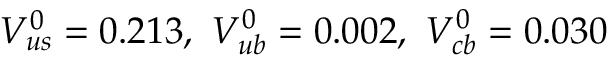
V _ { u s } ^ { 0 } = 0 . 2 1 3 , ~ V _ { u b } ^ { 0 } = 0 . 0 0 2 , ~ V _ { c b } ^ { 0 } = 0 . 0 3 0